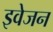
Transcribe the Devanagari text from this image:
इवेजन